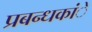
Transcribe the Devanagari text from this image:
प्रबन्धकांे